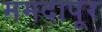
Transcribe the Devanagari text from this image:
ममदापूर